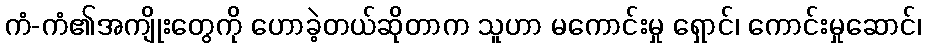
ကံ-ကံ၏အကျိုးတွေကို ဟောခဲ့တယ်ဆိုတာက သူဟာ မကောင်းမှု ရှောင်၊ ကောင်းမှုဆောင်၊